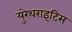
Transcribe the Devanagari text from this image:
युरेथराइटिस